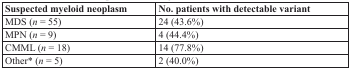
| Suspected myeloid neoplasm | No. patients with detectable variant |
 | --- | --- |
 | MDS (n = 55) | 24 (43.6%) |
 | MPN (n = 9) | 4 (44.4%) |
 | CMML (n = 18) | 14 (77.8%) |
 | Other* (n = 5) | 2 (40.0%) |